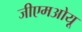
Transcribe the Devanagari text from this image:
जीएमओयू